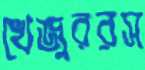
খেজুররস